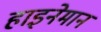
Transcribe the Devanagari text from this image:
हाइनेमान